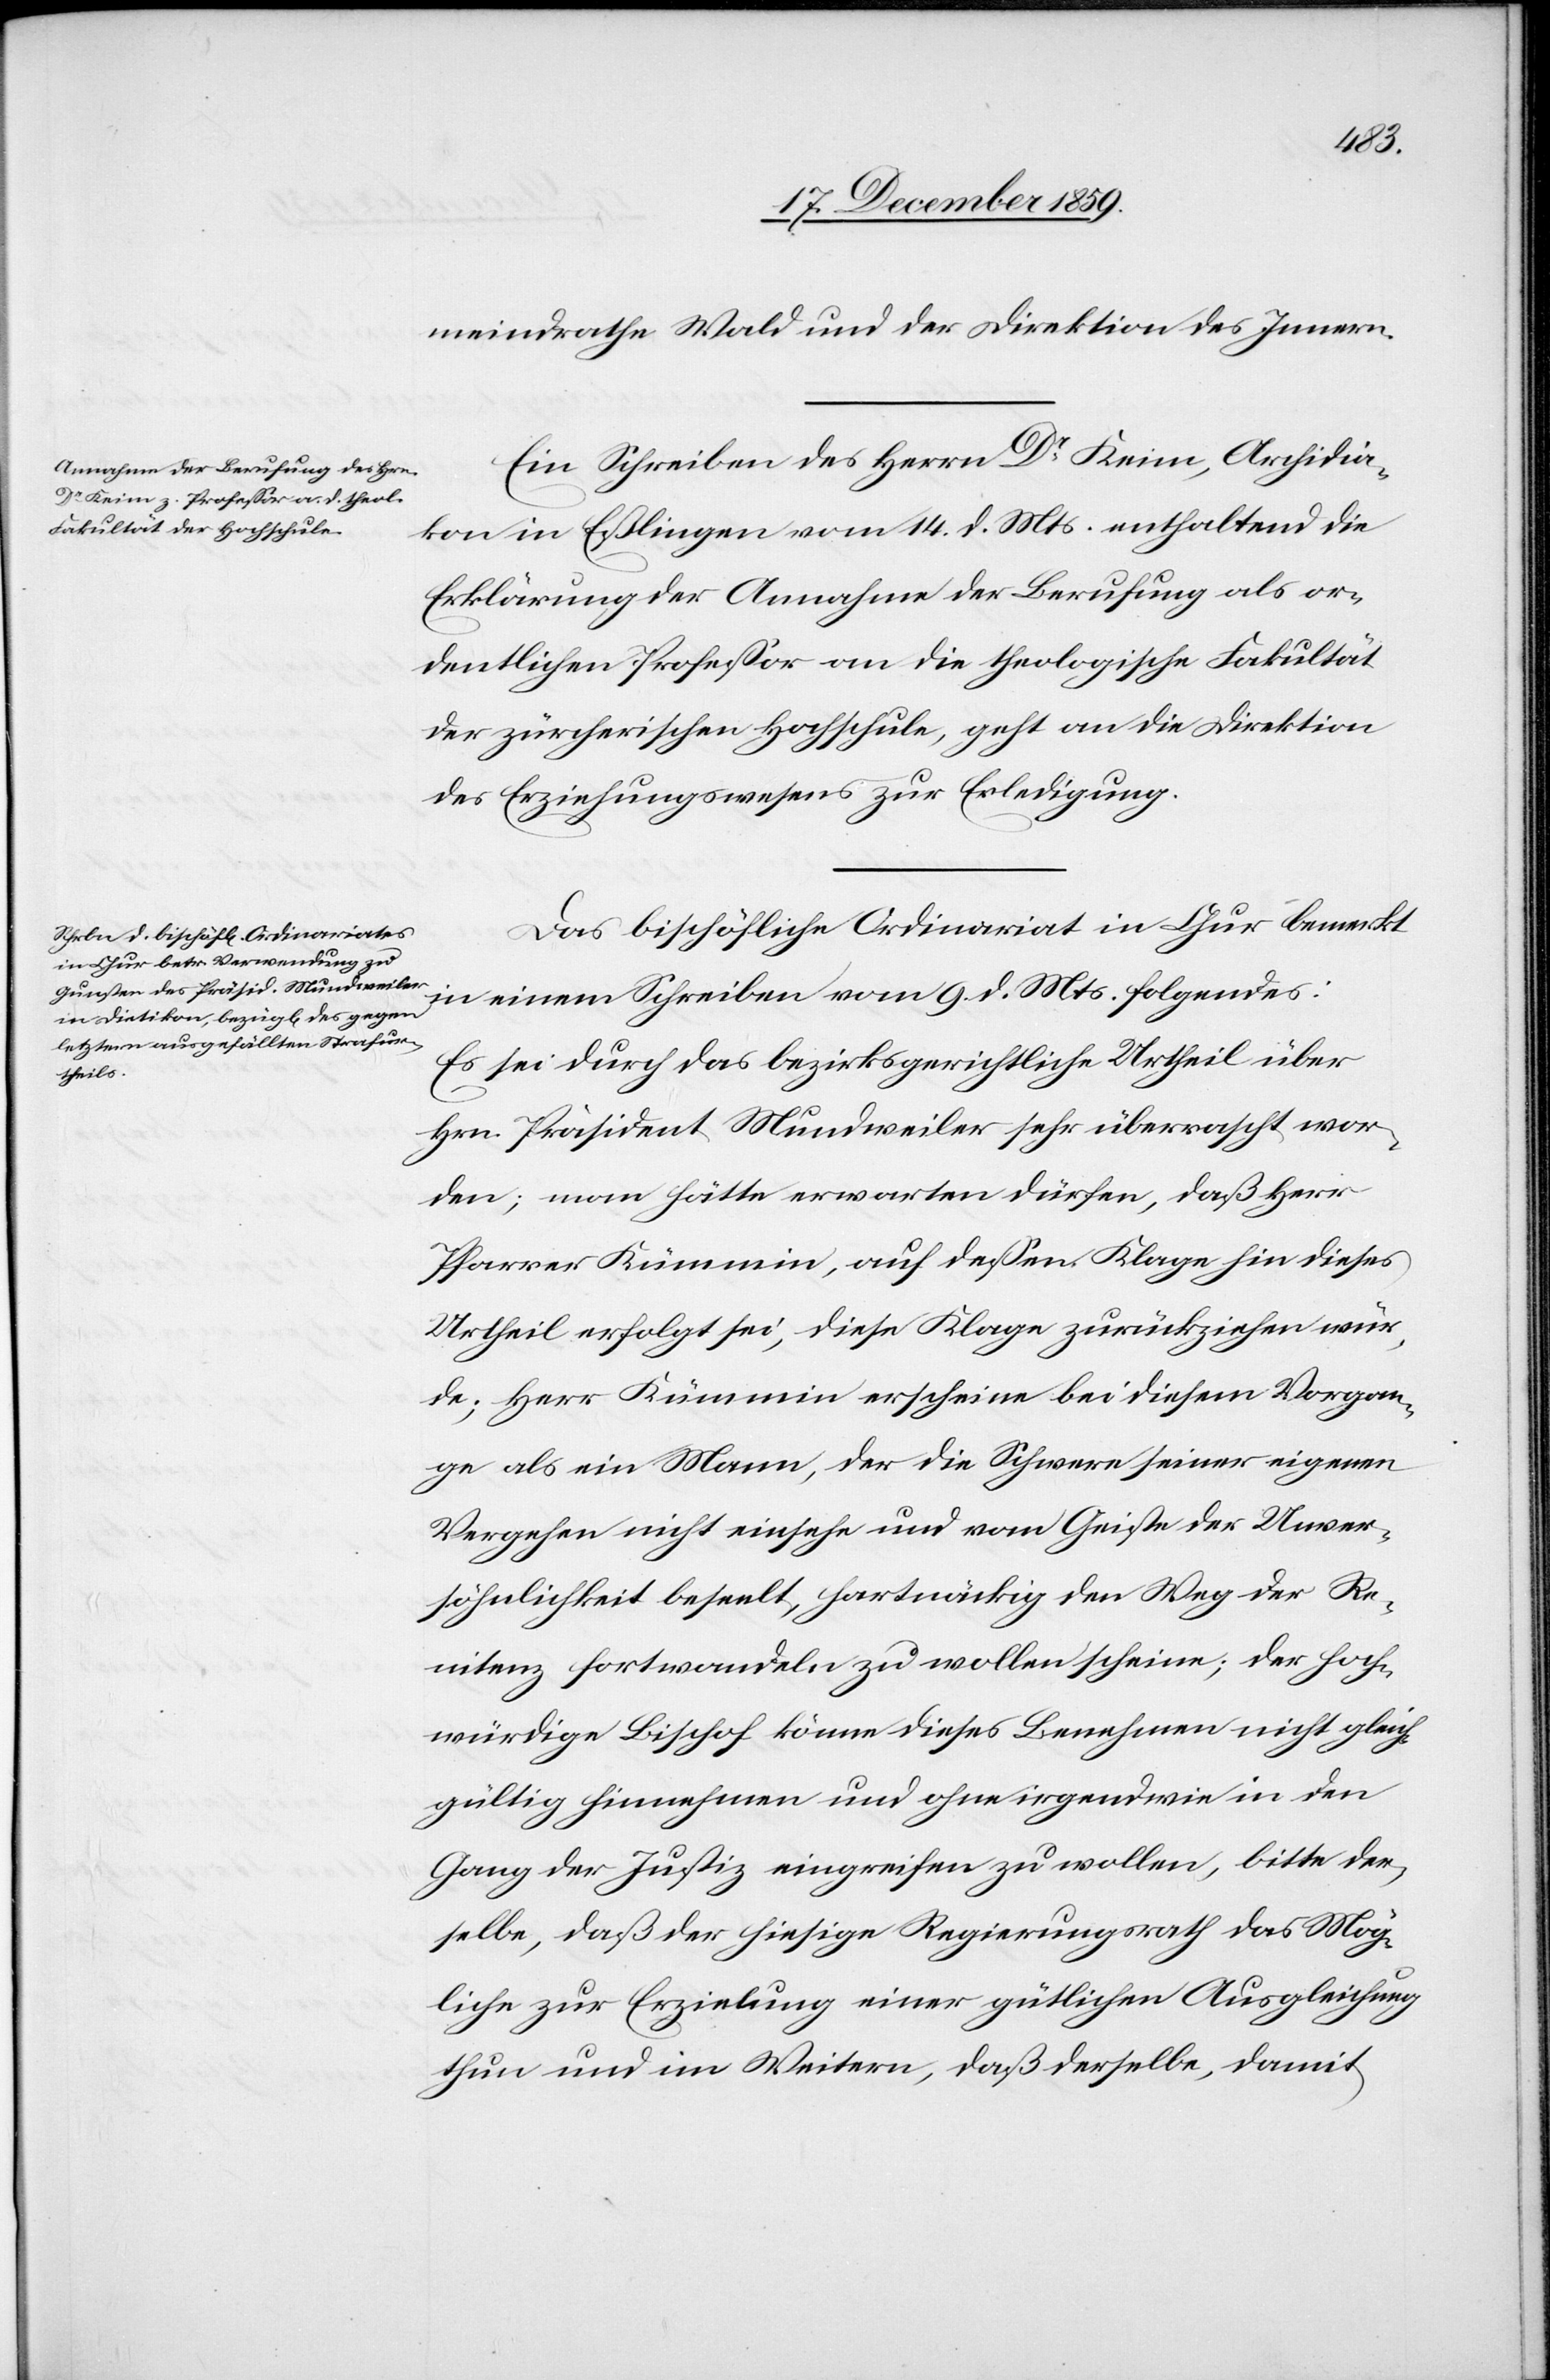
meindrathe Wald und der Direktion des Innern.
Ein Schreiben des Herrn Dr Keim, Archidia¬
kon in Eßlingen vom 14. d. Mts. enthaltend die
Erklärung der Annahme der Berufung als or¬
dentlichen Professor an die theologische Fakultät
der zürcherischen Hochschule, geht an die Direktion
des Erziehungswesens zur Erledigung.
Das bischöfliche Ordinariat in Chur bemerkt
in einem Schreiben vom 9. d. Mts. folgendes:
Es sei durch das bezirksgerichtliche Urtheil über
Hrn. Präsident Mundweiler sehr überrascht wor¬
den; man hätte erwarten dürfen, daß Herr
Pfarrer Kümmin, auf dessen Klage hin dieses
Urtheil erfolgt sei, diese Klage zurückziehen wür¬
de; Herr Kümmin erscheine bei diesem Vorgan¬
ge als ein Mann, der die Schwere seiner eigenen
Vergehen nicht einsehe und vom Geiste der Unver¬
söhnlichkeit beseelt, hartnäckig den Weg der Re¬
nitenz fortwandeln zu wollen scheine; der hoch¬
würdige Bischof könne dieses Benehmen nicht gleich¬
gültig hinnehmen und ohne irgendwie in den
Gang der Justiz eingreifen zu wollen, bitte der¬
selbe daß der hiesige Regierungsrath das Mög¬
liche zur Erzielung einer gütlichen Ausgleichung
thun und im Weitern, daß derselbe, damit